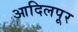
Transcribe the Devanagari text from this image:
आदिलपूर